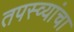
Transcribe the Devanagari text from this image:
तपस्व्यांचा